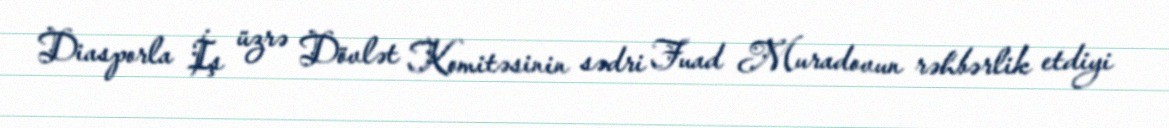
Diasporla İş üzrə Dövlət Komitəsinin sədri Fuad Muradovun rəhbərlik etdiyi